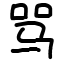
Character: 骂